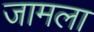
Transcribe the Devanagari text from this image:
जामला